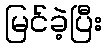
မြင်ခဲ့ပြီး